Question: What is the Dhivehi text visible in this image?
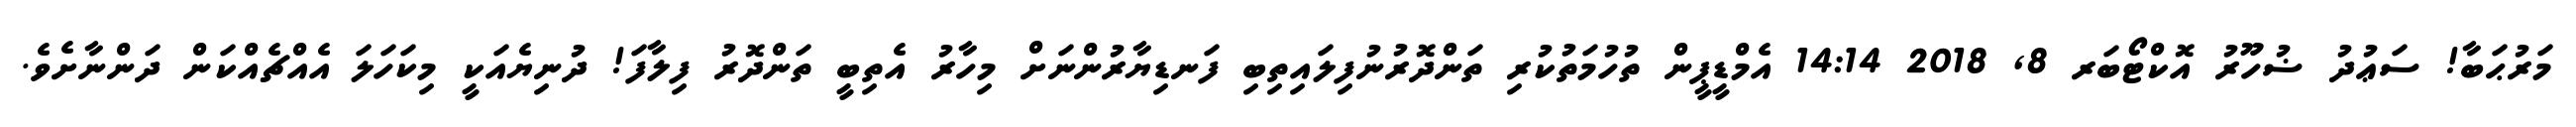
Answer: މަރުޙަބާ! ސަޢުދު ޟުހޫރު އޮކްޓޯބަރ 8, 2018 14:14 އެމްޑީޕީން ތުހުމަތުކުރި ތަންދޮރުނުފިލައިތިބި ފަނޑިޔާރުންނަށް މިހާރު އެތިބީ ތަންދޮރު ފިލާފަ! ދުނިޔެއަކީ މިކަހަލަ އެއްޗެއްކަން ދަންނާށެވެ.